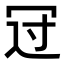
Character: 𠖁